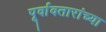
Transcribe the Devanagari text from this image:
पूर्वावतारांच्या